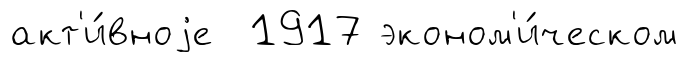
акт'и́вноjе 1917 эконом'и́ческом